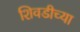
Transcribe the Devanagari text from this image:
शिवडीच्या